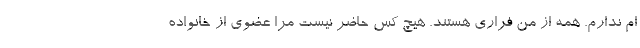
ام ندارم. همه از من فراری هستند. هیچ کس حاضر نیست مرا عضوی از خانواده